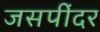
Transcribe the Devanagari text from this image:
जसपींदर